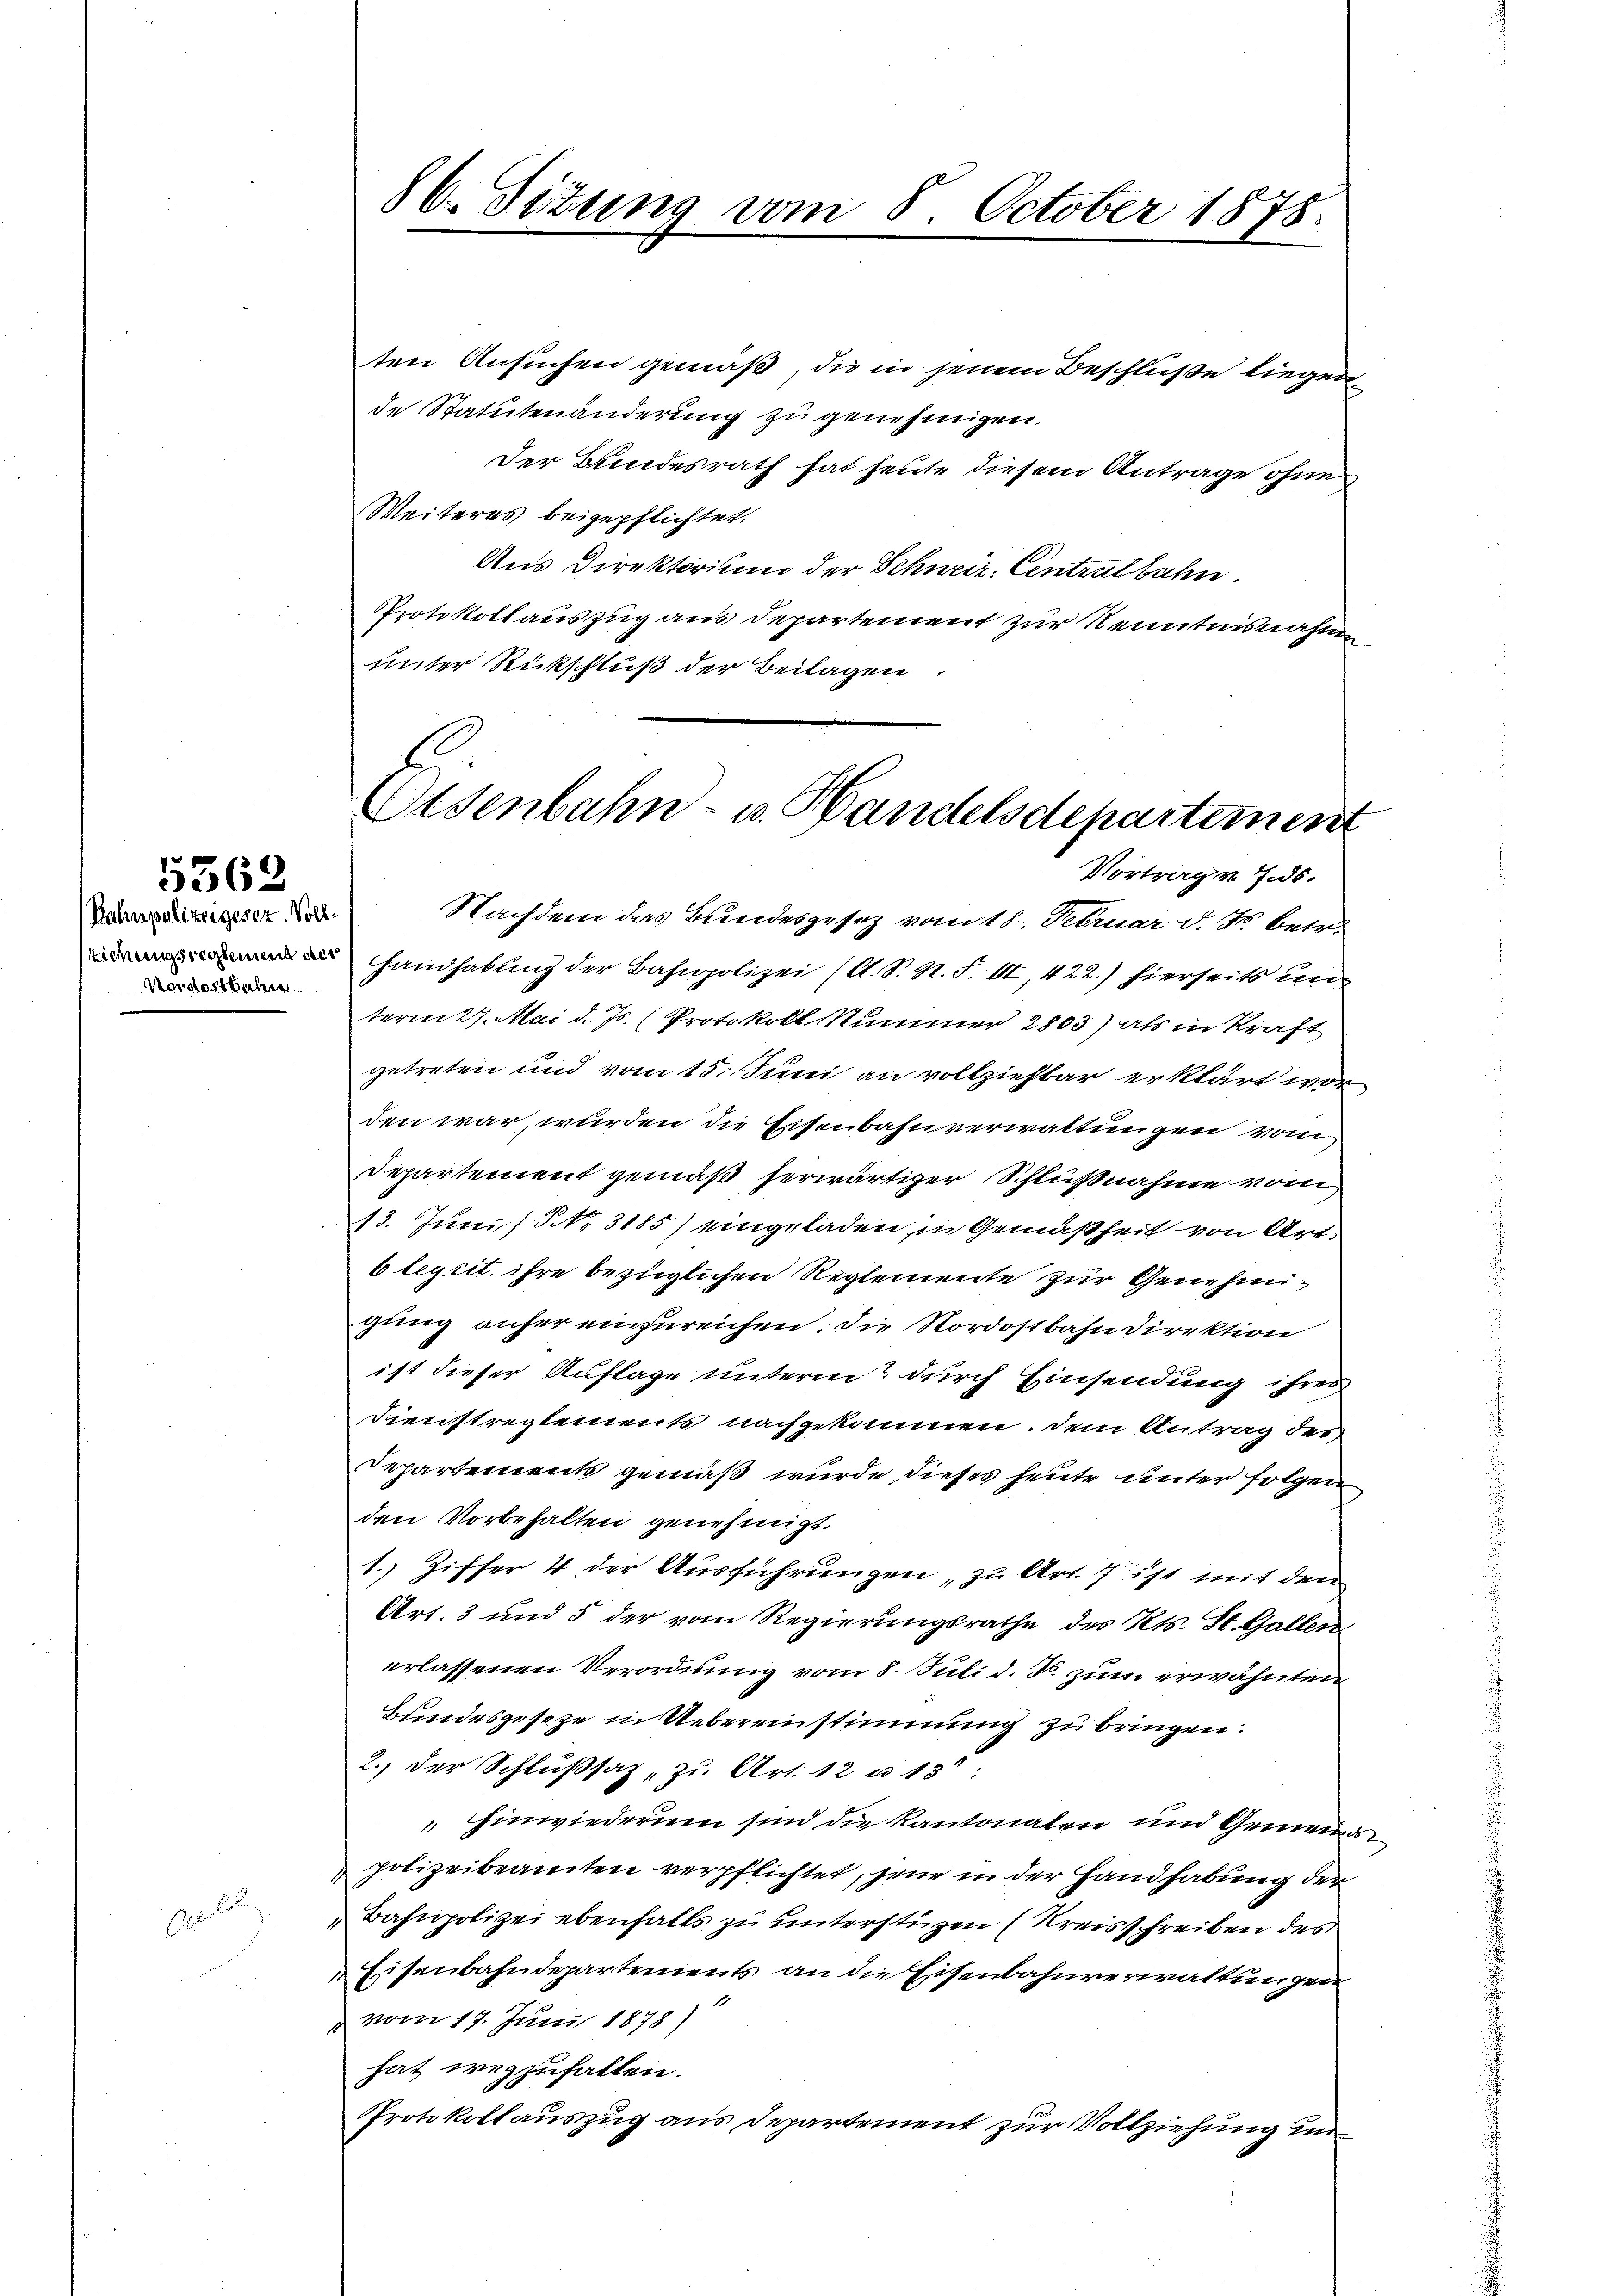
5363

Bahnpolizeigesez. Soll
Nordostbahre

86. Situng vom 8. October 1878.

ten Ansuchen gemäß, die in jenem Beschlüße liegen
de Statutenänderung zu genehmigen.
Der Bundesrath hat heute diesem Antrage ohne
Weiteres beigepflichtet.
Aus Direktorium der Schweiz. Centralbahn.
Protokollauszug aus Departement zur Kenntnisnahmen
unter Rückschluß der Beilagen
Nachdem das Bundesgesez vom 18. Februar d. Js. betr.
 Handhabung der Bahnpolizei (A. S. N. F. III, 422.) hierseits un-
term 27. Mai d. Js. (Protokoll Nummer 2803) als in Kraft
getreten und vom 15. Juni an vollziehbar erklärt wor
den war, wurden die Eisenbahnverwaltungen vom
Departement gemäß herwärtiger Schlußnahme vom
13. Juni / NNo. 3185) eingeladen, in Gemäßheit von Art.
6 leytit. ihre bezüglichen Reglemente zur Genehmigung anher einzureichen. Die Nordostbahn direktion
ist dieser Auflage unterm durch Einsendung ihres
Dienstreglements nachgekommen. Dem Antrag des
Departements gemäß wurde dieses heute unter folgen
den Vorbehalten genehmigt.
1.) Ziffer 4 der Ausführungen „zu Art. 7 ist mit den
Art. 3 und 5 der vom Regierungsrathe des Kts. St. Gallen
erlassenen Verordnung vom 8. Juli d. M. zum erwähnten
Bundesgeseze in Uebereinstimmung zu bringen.
2.) Der Schlußsaz zu Art. 12 u. 130:
" Einwiederum sind die Kantonalen und Grünin
polizeibeamten verpflichtet, jene in der Handhabung der
Bahnpolizei ebenfalls zu unterstüzen (Kreisschreiben des
Eisenbahndepartements an die Eisenbahnverwaltungen
vom 17. Juni 1878)
hat wegzufallen.
Protokollauszug aus Departement zur Vollziehung un¬

Eisenbahn- u. Handelsdepartement
Vortrag v. 7.ds.